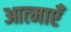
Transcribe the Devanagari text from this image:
आत्‍माएँ